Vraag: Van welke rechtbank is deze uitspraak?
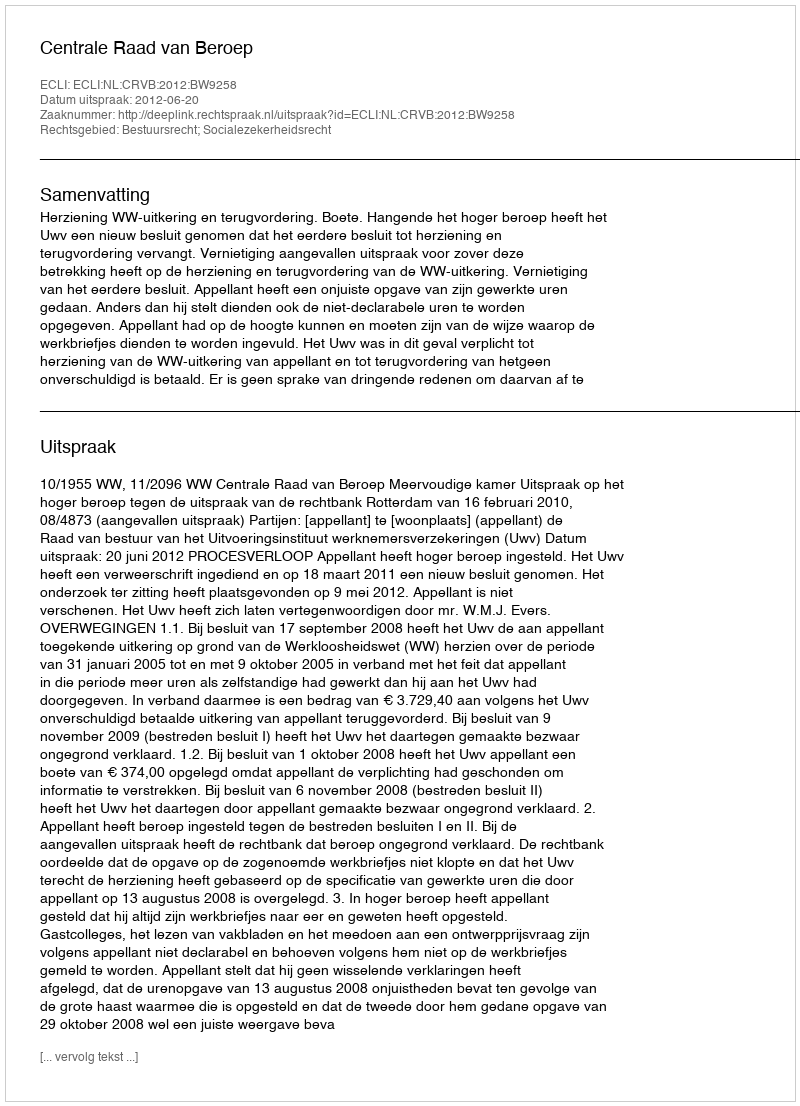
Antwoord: Centrale Raad van Beroep